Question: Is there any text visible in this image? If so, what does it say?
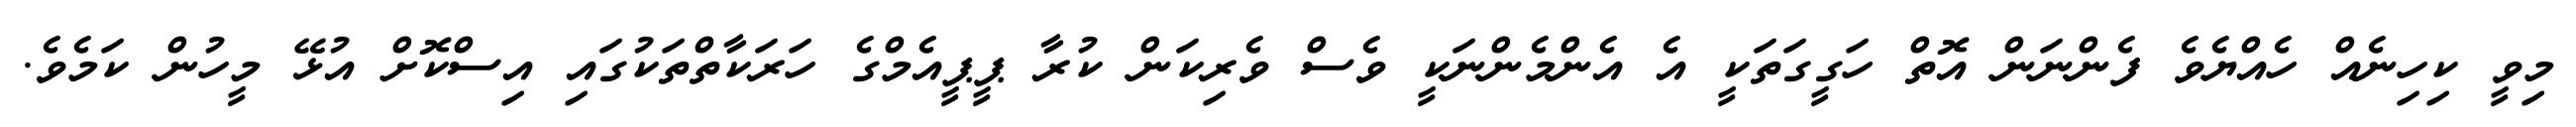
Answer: މިވީ ކިހިނެއް ހެއްޔެވެ ފެންނަން އޮތް ހަގީގަތަކީ އެ އެންމެންނަކީ ވެސް ވެރިކަން ކުރާ ޕީޕީއެމްގެ ހަރަކާތްތަކުގައި އިސްކޮށް އުޅޭ މީހުން ކަމެވެ.